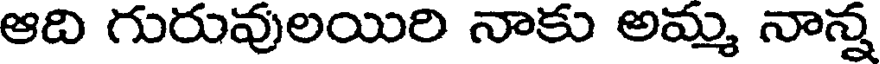
ఆది గురువులయిరి నాకు అమ్మ నాన్న